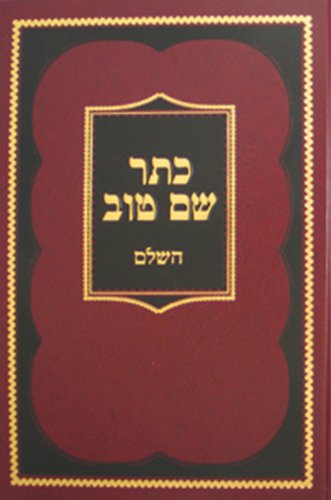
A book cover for Keter Shem Tov Hashalem (Hebrew Edition) (Kovets Shalshelet Ha-Or); Baal Shem Tov; Religion & Spirituality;